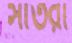
সাঁতরা